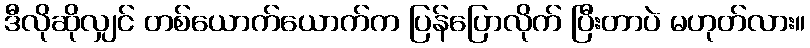
ဒီလိုဆိုလျှင် တစ်ယောက်ယောက်က ပြန်ပြောလိုက် ပြီးတာပဲ မဟုတ်လား။